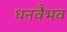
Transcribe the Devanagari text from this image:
धनवैभव